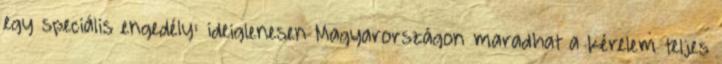
egy speciális engedély: ideiglenesen Magyarországon maradhat a kérelem teljes